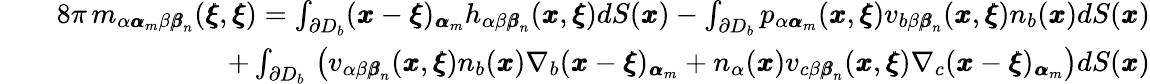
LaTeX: \begin{array}{rlr}&{}&{8\pi\, m_{\alpha{\pmb\alpha}_{m}\beta{\pmb\beta}_{n}}({\pmb\xi},{\pmb\xi})=\int_{\partial D_{b}}({\pmb x}-{\pmb\xi})_{{\pmb\alpha}_{m}}h_{\alpha\beta{\pmb\beta}_{n}}({\pmb x},{\pmb\xi})dS({\pmb x})-\int_{\partial D_{b}}p_{\alpha{\pmb\alpha}_{m}}({\pmb x},{\pmb\xi})v_{b\beta{\pmb\beta}_{n}}({\pmb x},{\pmb\xi})n_{b}({\pmb x})dS({\pmb x})}\\ &{}&{+\int_{\partial D_{b}}\, \left(v_{\alpha\beta{\pmb\beta}_{n}}({\pmb x},{\pmb\xi})n_{b}({\pmb x})\nabla_{b}({\pmb x}-{\pmb\xi})_{{\pmb\alpha}_{m}}+n_{\alpha}({\pmb x})v_{c\beta{\pmb\beta}_{n}}({\pmb x},{\pmb\xi})\nabla_{c}({\pmb x}-{\pmb\xi})_{{\pmb\alpha}_{m}}\right)dS({\pmb x})}\end{array}